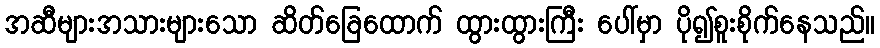
အဆီများအသားများသော ဆိတ်ခြေထောက် ထွားထွားကြီး ပေါ်မှာ ပို၍စူးစိုက်နေသည်။